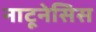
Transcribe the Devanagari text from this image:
नाटूनेसिस